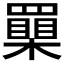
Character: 𦌮